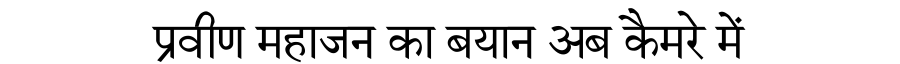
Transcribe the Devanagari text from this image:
प्रवीण महाजन का बयान अब कैमरे में